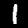
Digit: 1